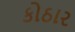
કોઠાર